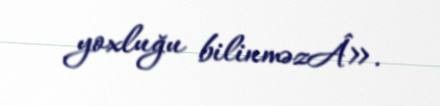
yoxluğu bilinməzÂ».